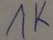
Text: 1K